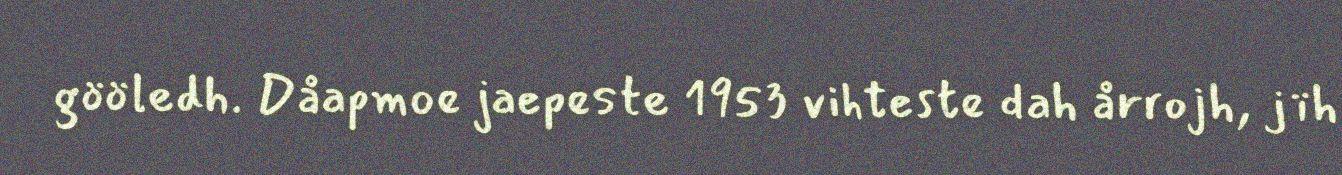
gööledh. Dåapmoe jaepeste 1953 vihteste dah årrojh, jïh